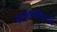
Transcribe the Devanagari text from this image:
एस्क्लीपीडिएसिई